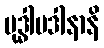
ဗုဒ္ဓါပဒါနာနိ